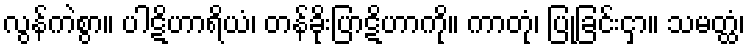
လွန်ကဲစွာ။ ပါဋိဟာရိယံ၊ တန်ခိုးပြာဋိဟာကို။ ကာတုံ၊ ပြုခြင်းငှာ။ သမတ္ထံ၊